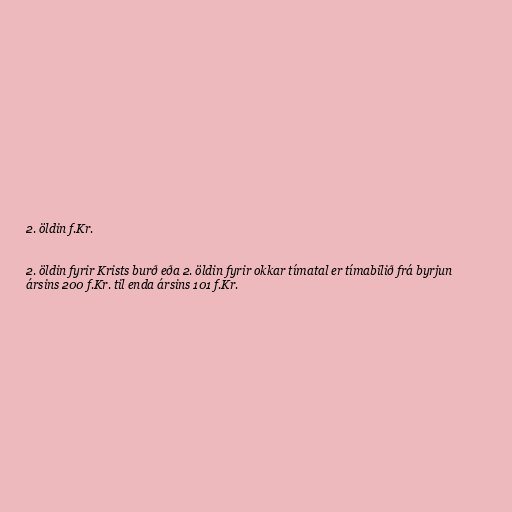
2. öldin f.Kr.

2. öldin fyrir Krists burð eða 2. öldin fyrir okkar tímatal er tímabilið frá byrjun
ársins 200 f.Kr. til enda ársins 101 f.Kr.